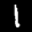
Label: 1